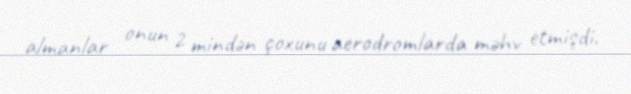
almanlar onun 2 mindən çoxunu aerodromlarda məhv etmişdi.